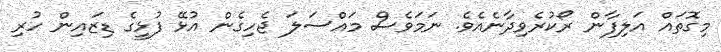
މިގޮތައް އަލިފާން ރޯކުރެވިދާނެއެވެ. ނަމަވެސް މައްސަލަ ޖެހިގެން އުޅޭ ފުޅީގެ ޑިޒައިން ހުރި